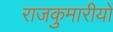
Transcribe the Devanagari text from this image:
राजकुमारीयों